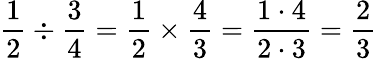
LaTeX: {\frac{1}{2}}\div{\frac{3}{4}}={\frac{1}{2}}\times{\frac{4}{3}}={\frac{1\cdot 4}{2\cdot 3}}={\frac{2}{3}}